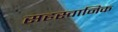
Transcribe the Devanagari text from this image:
सहस्वानिक